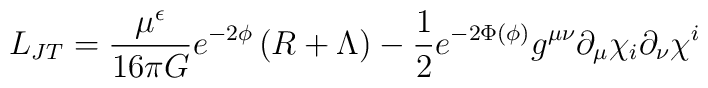
L_{JT}= \frac{\mu^\epsilon}{16 \pi G} e^{-2\phi} \left(R + \Lambda \right) - {1 \over 2} e^{-2 \Phi (\phi)} g^{\mu\nu} \partial_\mu \chi_i\partial_\nu \chi^i